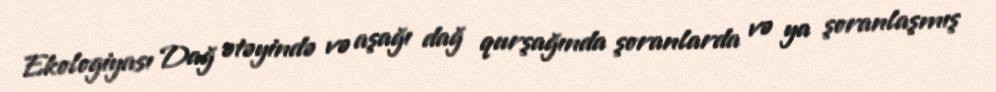
Ekologiyası Dağ ətəyində və aşağı dağ qurşağında şoranlarda və ya şoranlaşmış